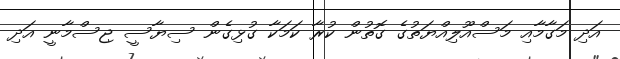
އަދި މަގާމާއި މަސްއޫލިއްޔަތުގެ ގޮތުން ކުރާ ކަމަކާ ގުޅިގެން ސިޔާސީ ޖިސްމާނީ އަދި